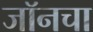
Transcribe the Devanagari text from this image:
जॉनचा